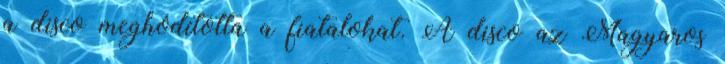
a disco meghódította a fiatalokat. A disco az Magyaros